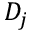
D _ { j }